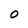
Character: O